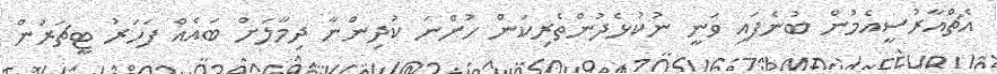
އެޗްއާރުސީއެމުން ބުނެފައި ވަނީ ނުކުޅެދުންތެރިކަން ހުންނަ ކުދިންނާ ދިމާލަށް ބައެއް ފަހަރު ޓީޗަރުން